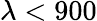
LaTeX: \lambda<900